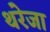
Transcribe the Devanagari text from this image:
थरेजा